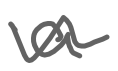
Text: a
Cross-out: wave
Writing tool: digital_gray